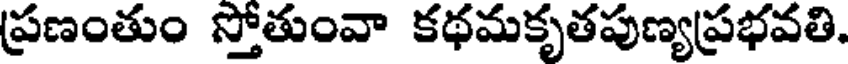
ప్రణంతుం స్తోతుంవా కథమకృతపుణ్యప్రభవతి.